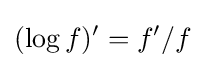
(\log f)'=f'/f